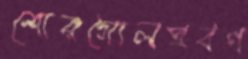
শোরগোলপ্রবণ